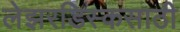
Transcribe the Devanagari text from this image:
लेझरडिस्कसाठी